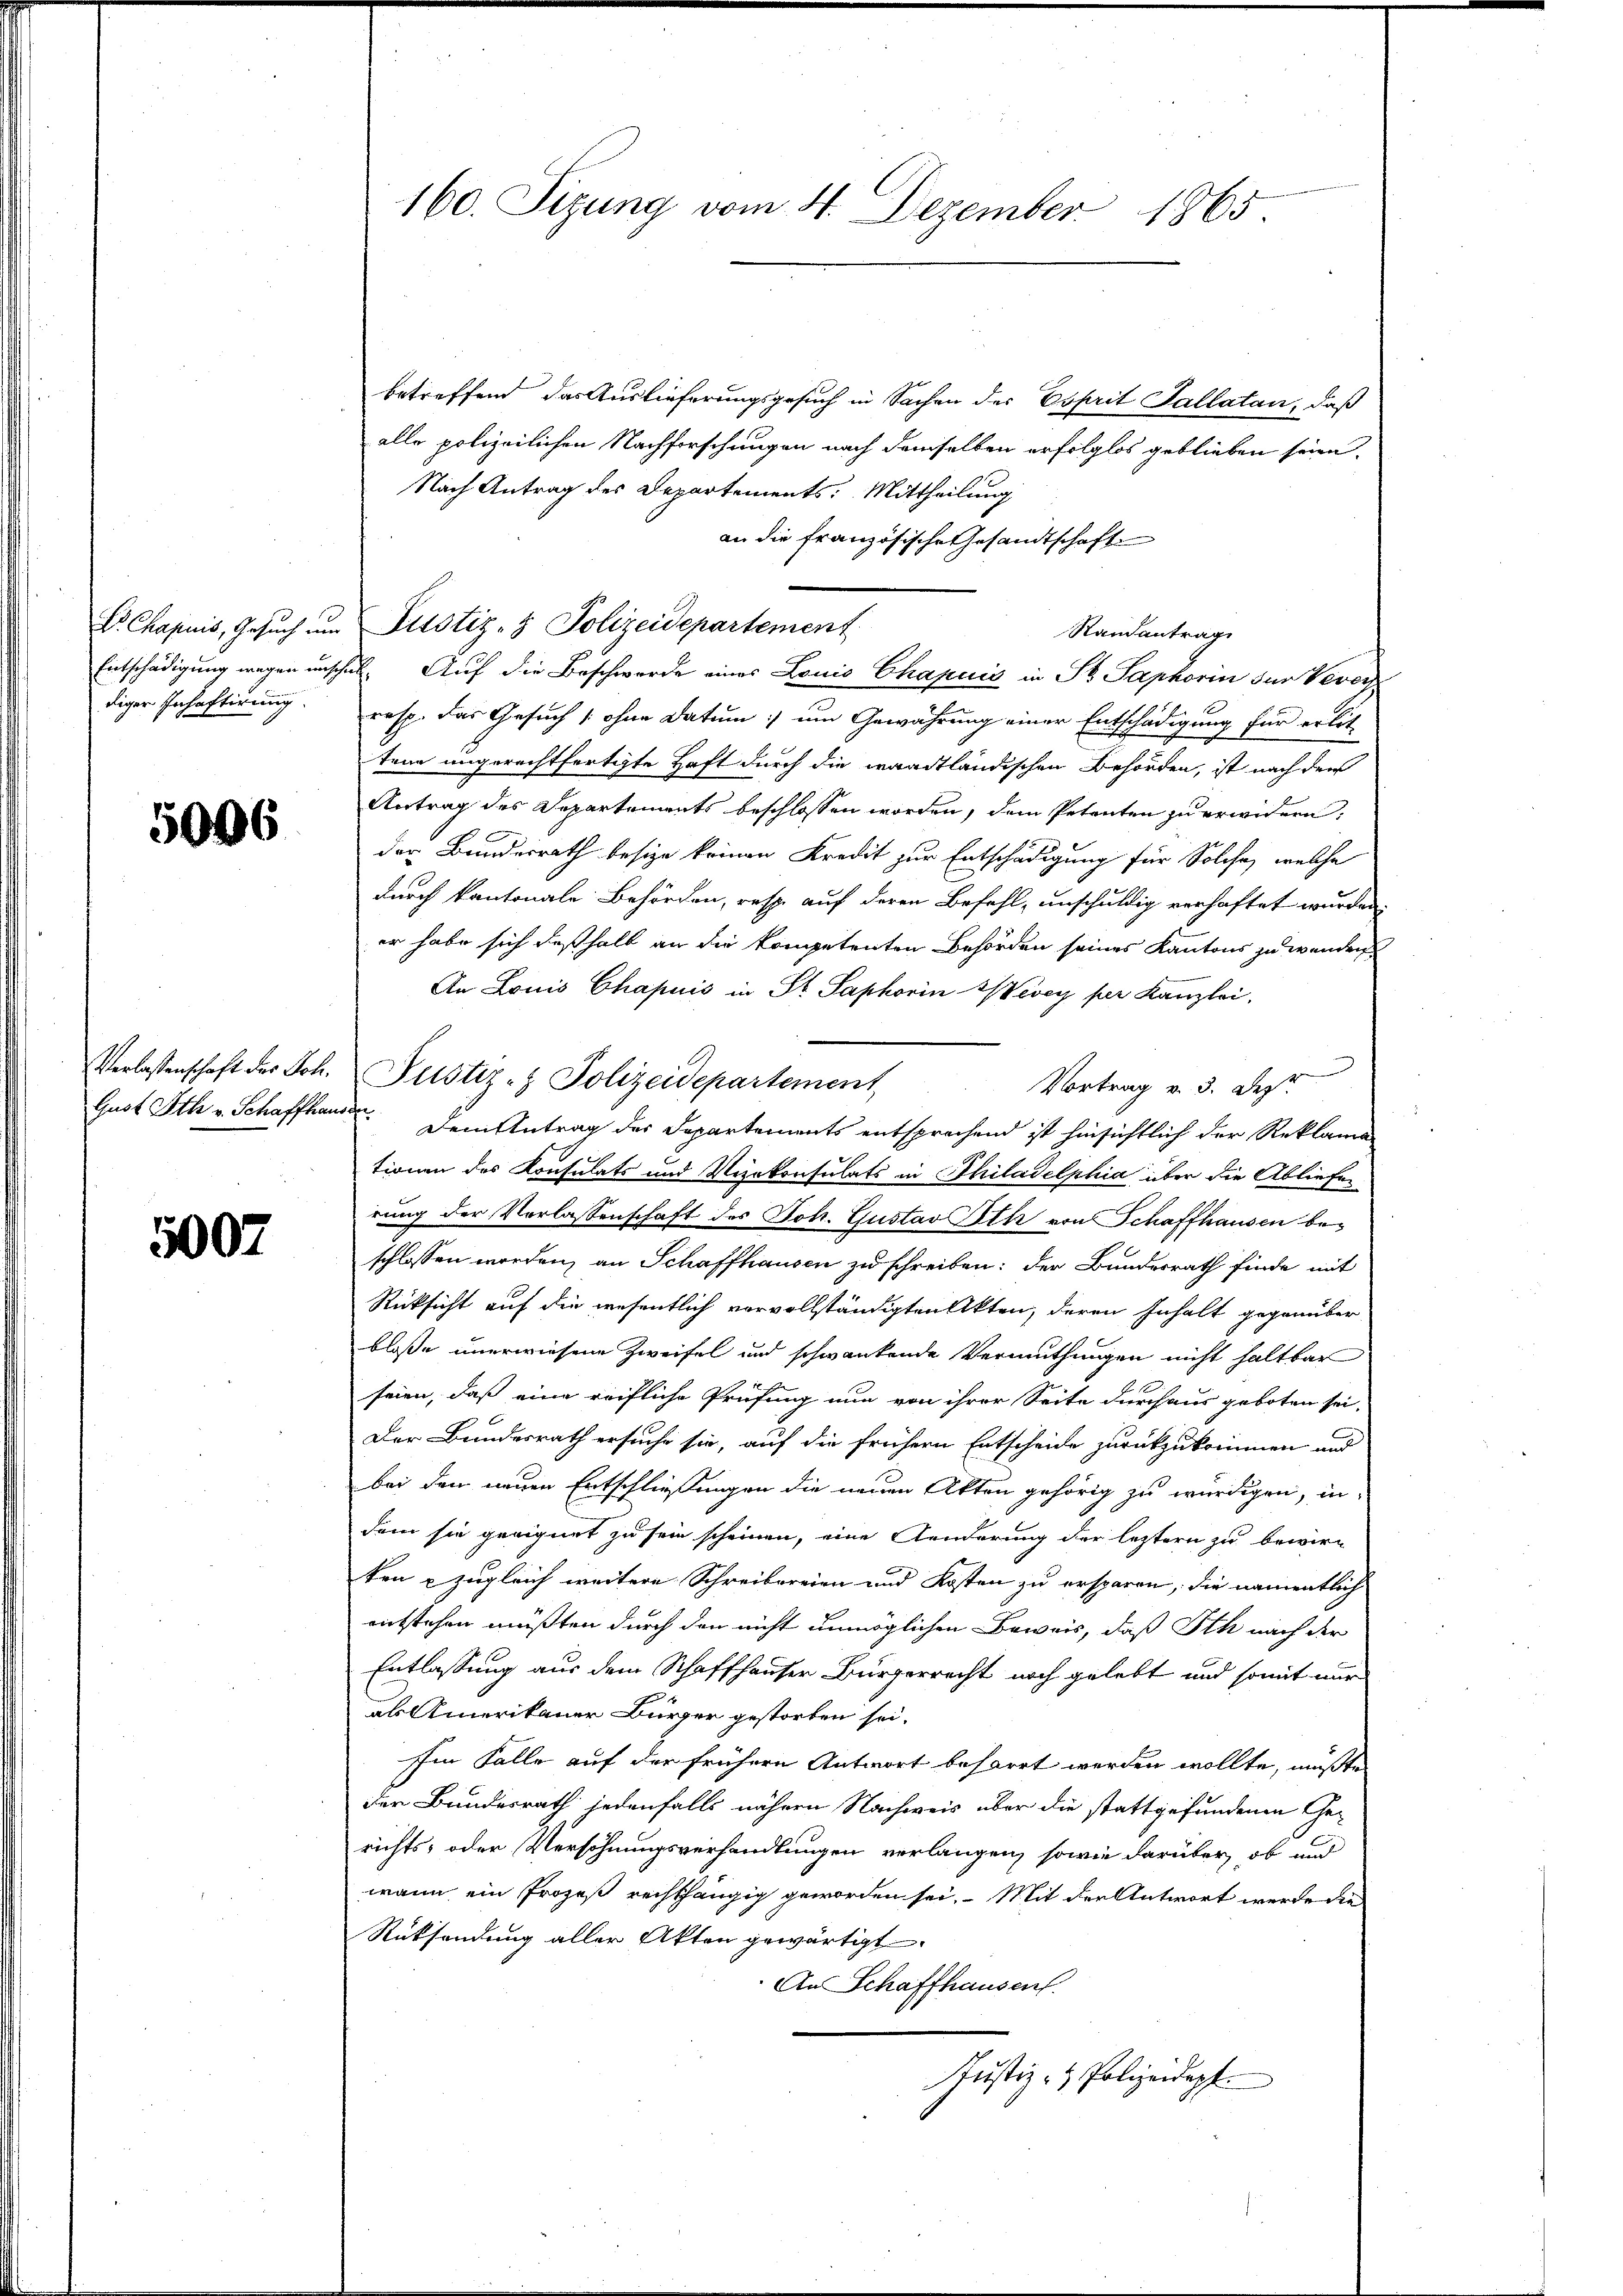
diger Inhaftirung.

5006

5007

betreffend das Auslieferungsgesuch in Sachen der Esprit Sallatan, daß
alle polizeilichen Nachforschungen nach demselben erfolglos geblieben seien.
Nach Antrag des Departements: Mittheilung
an die französische Gesandtschafte
Dr. Chapuis, Gesŭch ŭm Fusstiz- & Polizeidepartement
Randantrag
Entschädigung wegen unschul- Auf die Beschwerde eines Louis Chapuis in St. Saphorin der Veror¬
1
resp. das Gesuch ohne Datum, um Gewährung einer Entschädigung für erlit
tene ungerechtfertigte Haft durch die waadtländischen Behörden, ist nach den
Antrag des Departements beschlossen worden, dem Petenten zu erwidern,
der Bundesrath besize keinen Kredit zur Entschädigung für Solche, welche
durch kantonale Behörden, resp. auf deren Befehl, unschuldig verhaftet wurden,
er habe sich deßhalb an die kompetenten Behörden seines Kantons zu wenden
An Louis Chapuis in St. Saphorin Vevey per Kanzlei,
Verlassenschaft der Joh. Justiz- & Polizeidepartement,
Vortrag v. 3. Depr
Gust Oth v. Schaffhause. Dem Antrag des Departements entsprechend ist hinsichtlich der Reklama-
tionen des Konsulats und Verkonsulats in Philadelphia über die Abliefen
rung der Vorlassenschaft des Joh. Gustav Ich von Schaffhausen beschlossen worden, an Schaffhausen zu schreiben: der Bundesrath finde mit
Rücksicht auf die wesentlich vervollständigten Akten, deren Inhalt gegenüber
bloße unerwiesene Zweifel und schwankende Vermuthungen nicht haltbar
seien, daß eine reifliche Prüfung nun von ihrer Seite durchaus geboten sei,
Der Bundesrath ersuche sie, auf die frühern Entscheide zurückzukommen und
bei den neuen Entschließungen die neuen Akten gehörig zu würdigen, in
dem sie geeignet zu sein scheinen, eine Aenderung der letztern zu bewirken zugleich weitere Schreibereien und Kosten zu ersparen, die namentlich
entstehen müßten durch den nicht unmöglichen Beweis, daß Oth nach der
Entlassung aus dem Schaffhauser Bürgerrecht noch gelebt und somit nur
als Amerikaner Bürger gestorben sei.
Im Falle auf der frühern Antwort beharrt werden wollte, müßte
der Bundesrath jedenfalls nähern Nachweis über die stattgefundenen Gerichts- oder Verschnungsverhandlungen verlangen, sowie darüber, ob und
wann ein Prozeß rechthängig geworden sei. Mit der Antwort werde die
Rücksendung aller Akten gewärtigt.
An Schaffhausen.
Justiz- & Polizeidept.

160. Sizung vom 4. Dezember 1865.